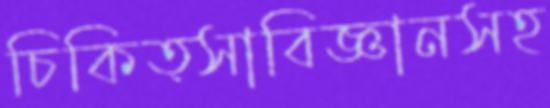
চিকিত্সাবিজ্ঞানসহ